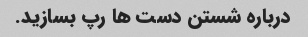
درباره شستن دست ها رپ بسازید.